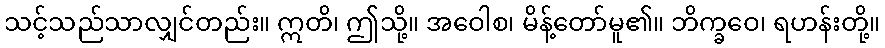
သင့်သည်သာလျှင်တည်း။ ဣတိ၊ ဤသို့။ အဝေါစ၊ မိန့်တော်မူ၏။ ဘိက္ခဝေ၊ ရဟန်းတို့။